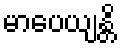
မာပေယျန္တိ